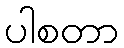
ပါစတာ